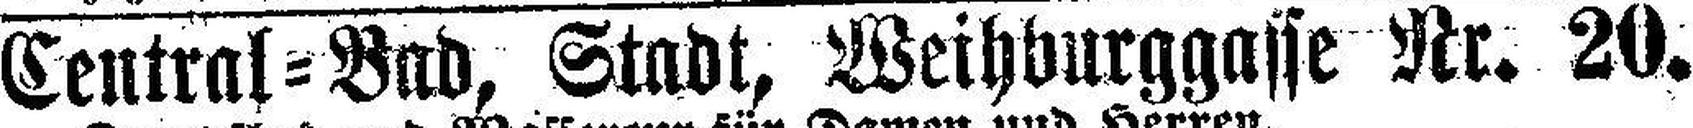
Central=Bad, Stadt, Weihburggasse Nr. 20.